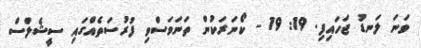
ވަނަ ލަނޑު ޖަހައިފި. 19: 19 - ކޯނަރަކުން ތަނަވަސްވި ފުރުސަތެއްގައި ސީޝެލްސް